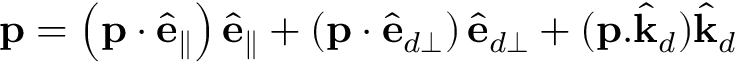
\mathbf { p } = \left( \mathbf { p } \cdot \hat { \mathbf { e } } _ { \parallel } \right) \hat { \mathbf { e } } _ { \parallel } + \left( \mathbf { p } \cdot \hat { \mathbf { e } } _ { d \perp } \right) \hat { \mathbf { e } } _ { d \perp } + ( \mathbf { p } . \hat { \mathbf { k } } _ { d } ) \hat { \mathbf { k } } _ { d }